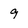
Character: 9